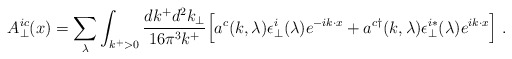
\begin{align*}A_\perp^{ic}(x)=\sum_\lambda\int_{k^+>0}{dk^+ d^2k_\perp \over 16\pi^3 k^+}\Bigl[a^c(k,\lambda) \epsilon_\perp^i(\lambda) e^{-ik\cdot x}+a^{c\dagger}(k,\lambda) \epsilon_\perp^{i*}(\lambda) e^{ik\cdot x}\Bigr] \;.\end{align*}